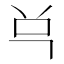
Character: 𰇈